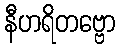
နီဟရိတဗ္ဗော